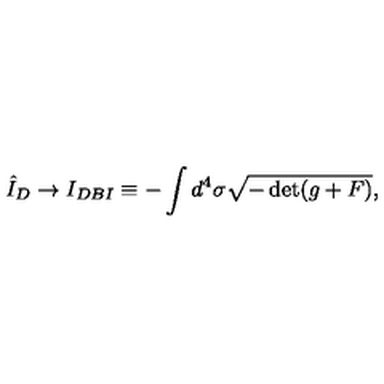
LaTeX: \hat { I } _ { D } \rightarrow I _ { D B I } \equiv - \int d ^ { 4 } \sigma \sqrt { - \det ( g + F ) } ,